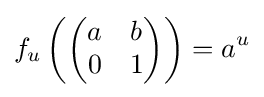
f_{u}\left({\begin{pmatrix}a&b\\0&1\end{pmatrix}}\right)=a^{u}